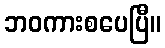
ဘဝကားစပေပြီ။